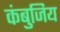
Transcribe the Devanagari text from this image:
कंबुजिय